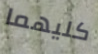
كليهما